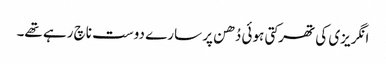
انگریزی کی تھرکتی ہوئی دُھن پر سارے دوست ناچ رہے تھے۔